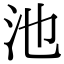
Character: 池